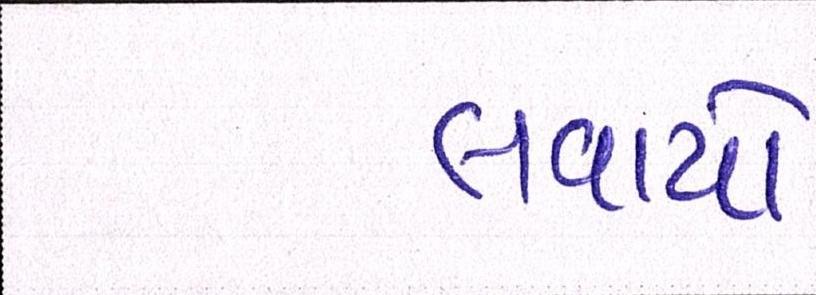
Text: લવાયો